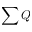
\sum { Q }